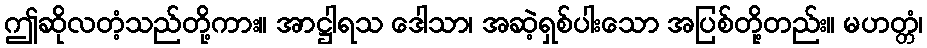
ဤဆိုလတံ့သည်တို့ကား။ အာဋ္ဌါရသ ဒေါသာ၊ အဆဲ့ရှစ်ပါးသော အပြစ်တို့တည်း။ မဟတ္တံ၊